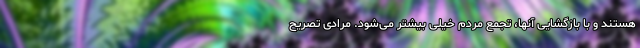
هستند و با بازگشایی آنها، تجمع مردم خیلی بیشتر می‌شود. مرادی تصریح